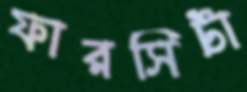
ফারসিটা